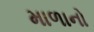
માળાનો